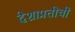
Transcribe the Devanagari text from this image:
देशाप्रतीची